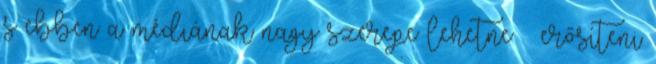
s ebben a médiának nagy szerepe lehetne – erősíteni